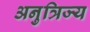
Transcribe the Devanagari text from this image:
अनुत्रिज्य